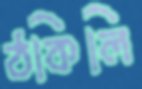
ঠকিলি